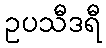
ဥပသီဒရီ